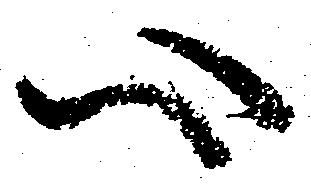
心